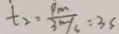
t _ { 2 } = \frac { 9 m } { 3 m / s } = 3 s